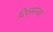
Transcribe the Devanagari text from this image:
दिवसांनतर